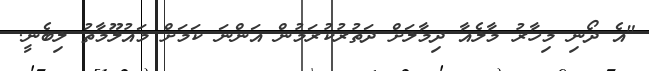
"އެ ދޯނި މިހާރު މާލެއާ ދިމާލަށް ދަތުރުކުރަމުން އަންނަ ކަމަށް މައުލޫމާތު ލިބެނީ.